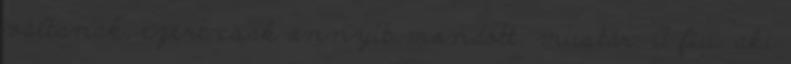
váltanak, ezért csak annyit mondott: mustár. A fiú, aki